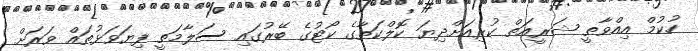
ހުކުމް އިއްވާތީ ޝަރީއަތް ކުރިއަށްދިޔަ ކޮލްކަތާގެ ކޯޓުގެ ބޭރުގައި ސަލާމަތީ ފިޔަވަޅުތައް ވަރަށް